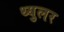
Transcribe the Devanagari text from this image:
थ्युलर